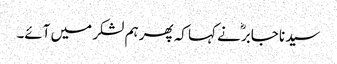
سیدنا جابرؓ نے کہا کہ پھر ہم لشکر میں آئے۔